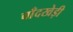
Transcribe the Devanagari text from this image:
चाँदखेड़ी